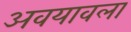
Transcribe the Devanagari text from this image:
अवयावला